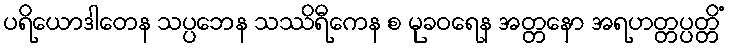
ပရိယောဒါတေန သပ္ပဘေန သဿိရီကေန စ မုခဝရေန အတ္တနော အရဟတ္တပ္ပတ္တိံ